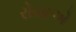
રોયાએ